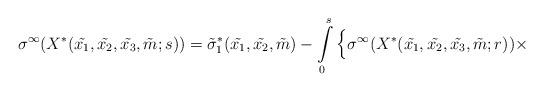
LaTeX: \begin{align*}\sigma^{\infty}( X^* ( \tilde{x_1},\tilde{x_2}, \tilde{x_3}, \tilde{m}; s)) = \tilde{\sigma}^*_1 ( \tilde{x_1}, \tilde{x_2},\tilde{m}) -\int\limits_0^s \Big\{ \sigma^{\infty} (X^* ( \tilde{x_1}, \tilde{x_2}, \tilde{x_3}, \tilde{m}; r)) \times\end{align*}